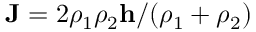
\mathbf { J } = 2 \rho _ { 1 } \rho _ { 2 } \mathbf { h } / ( \rho _ { 1 } + \rho _ { 2 } )